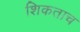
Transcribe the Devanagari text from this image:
शिकताच